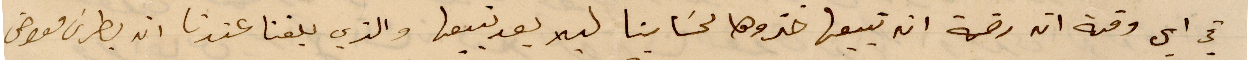
قداس وقته ان رقمه انه تبيعها خذوها لحسابنا ليلا بعد تبيعها والذي بلغنا عندنا ان بطرس معوض